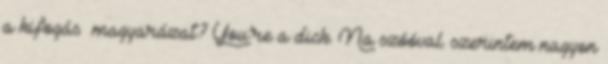
a kifogás magyarázat? You’re a dick. Na szóóval. szerintem nagyon